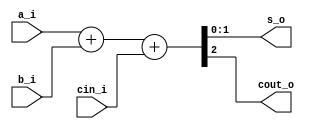
`timescale 1ns / 1ps
//////////////////////////////////////////////////////////////////////////////////
// Company: 
// Engineer: 
// 
// Design Name: 
// Module Name: binary_adder_2bit_assign
// Project Name: 
// Target Devices: 
// Tool Versions: 
// Description: 
// 
// Dependencies: 
// 
// Revision:
// Revision 0.01 - File Created
// Additional Comments:
// 
//////////////////////////////////////////////////////////////////////////////////


module binary_adder_2bit_assign
(
input [1:0] a_i,
input [1:0] b_i,
input cin_i,
output [1:0] s_o,
output cout_o
);

assign {cout_o,s_o} = a_i + b_i + cin_i;

endmodule